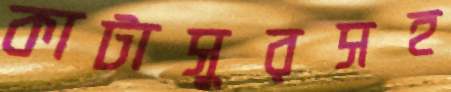
কাটাসুরসহ